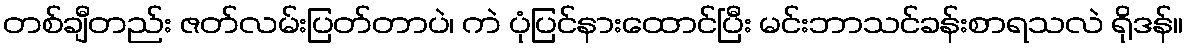
တစ်ချီတည်း ဇတ်လမ်းပြတ်တာပဲ၊ ကဲ ပုံပြင်နားထောင်ပြီး မင်းဘာသင်ခန်းစာရသလဲ ရိုဒန်။